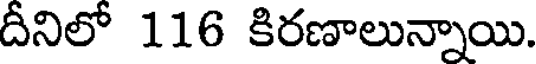
దీనిలో 116 కిరణాలున్నాయి.